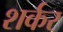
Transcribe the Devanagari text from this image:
शर्कर